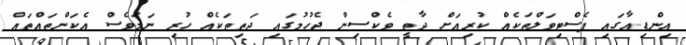
އިންޑިއާގައި ފެސްޓިވަލްތަކެއް ކުރިއަށް ދާތީ ވެކްސިން ޖެހުމުގައި ދަތިތަކެއް ހުރި ނަމަވެސް އެކަންތައްތައް